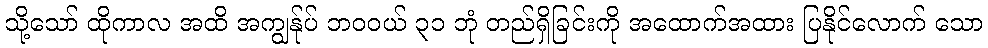
သို့သော် ထိုကာလ အထိ အကျွန်ုပ် ဘဝဝယ် ၃၁ ဘုံ တည်ရှိခြင်းကို အထောက်အထား ပြနိုင်လောက် သော